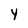
Character: y